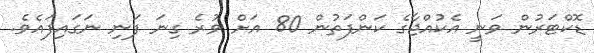
ޑޮކްޓަރުން ވަނީ އެކުއްޖާގެ ކަންފަތުން 80 އަށް ވުރެ ގިނަ ފަނި ނަގައިފައެވެ.